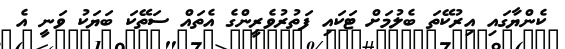
ކެންޔާގައި އިރުކޭތަ ބެލުމަށް ޓަކައި ފަތުރުވެރީންގެ އެތައް ސަތޭކަ ބަޔަކު ވަނީ އެ